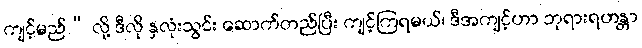
ကျင့်မည်” လို့ ဒီလို နှလုံးသွင်း ဆောက်တည်ပြီး ကျင့်ကြရမယ်၊ ဒီအကျင့်ဟာ ဘုရားရဟန္တာ